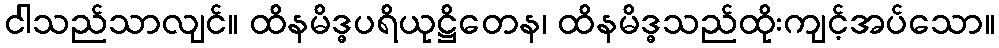
ငါသည်သာလျင်။ ထိနမိဒ္ဓပရိယုဋ္ဌိတေန၊ ထိနမိဒ္ဓသည်ထိုးကျင့်အပ်သော။